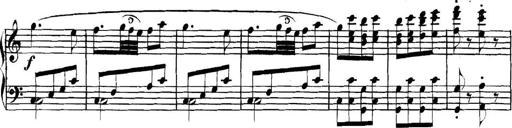
Title: Collected Piano Sonatas
Composer: Muzio Clementi